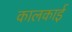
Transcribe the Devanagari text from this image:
कालकाई